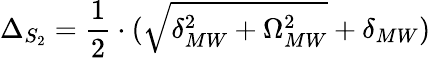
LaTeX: \Delta_{S_{2}}=\frac{1}{2}\cdot(\sqrt{\delta_{MW}^{2}+\Omega_{MW}^{2}}+\delta_{MW})